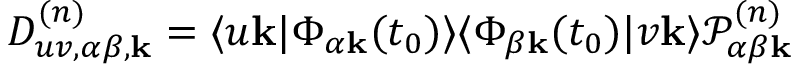
D _ { u v , \alpha \beta , \mathbf { k } } ^ { ( n ) } = \langle u \mathbf { k } | \Phi _ { \alpha \mathbf { k } } ( t _ { 0 } ) \rangle \langle \Phi _ { \beta \mathbf { k } } ( t _ { 0 } ) | v \mathbf { k } \rangle \mathcal { P } _ { \alpha \beta \mathbf { k } } ^ { ( n ) }